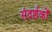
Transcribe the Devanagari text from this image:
संदर्शकों